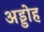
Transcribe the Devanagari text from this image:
अड्डोह